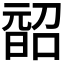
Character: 𭦨